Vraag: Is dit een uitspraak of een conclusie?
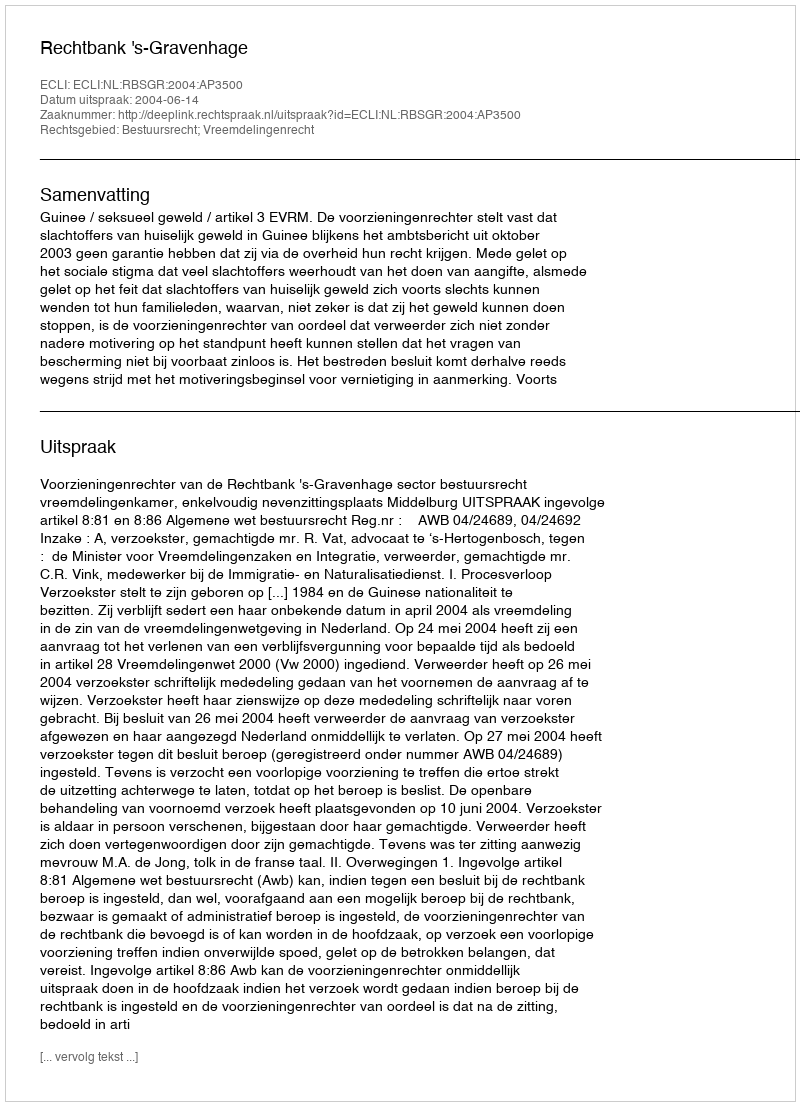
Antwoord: Uitspraak